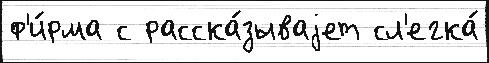
ф'и́рма с расска́зываjет сл'егка́